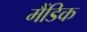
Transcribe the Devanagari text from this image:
मैंडिक